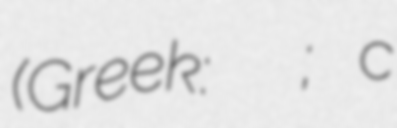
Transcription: (Greek: Εἰρήνη Ἀγγελίνα; c